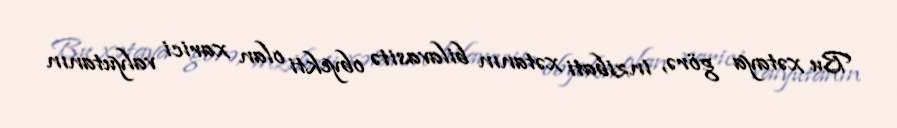
Bu xətaya görə, inzibati xətanın bilavasitə obyekti olan xarici valyutanın